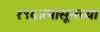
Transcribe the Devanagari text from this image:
१९६४पासूनच्या